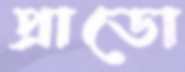
প্রাডো